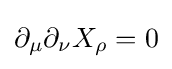
\partial _{\mu }\partial _{\nu }X_{\rho }=0